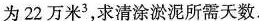
为22万米^{3}，求清涂淤泥所需天数.